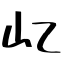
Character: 𡴭